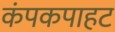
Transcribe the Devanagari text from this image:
कंपकपाहट